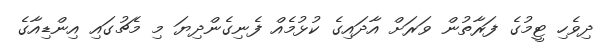
ދިވެހި ޓީމުގެ ފަރާތުން ވަރަށް އާދައިގެ ކުޅުމެއް ފެނިގެންދިޔަ މި މެޗުގައި އިންޑިއާގެ